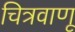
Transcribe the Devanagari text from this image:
चित्रवाणू